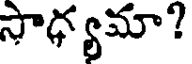
సాధ్యమా?